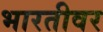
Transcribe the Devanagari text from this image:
भारतीवर